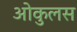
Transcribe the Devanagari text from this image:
ओकुलस